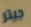
جيتر